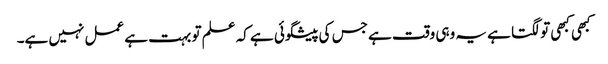
کبھی کبھی تو لگتا ہے یہ وہی وقت ہے جس کی پیشگوئی ہے کہ علم تو بہت ہے عمل نہیں ہے۔